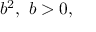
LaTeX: b ^ { 2 } , \ b > 0 ,